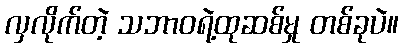
လှလိုက်တဲ့ သဘာဝရဲ့ထုဆစ်မှု တစ်ခုပဲ။